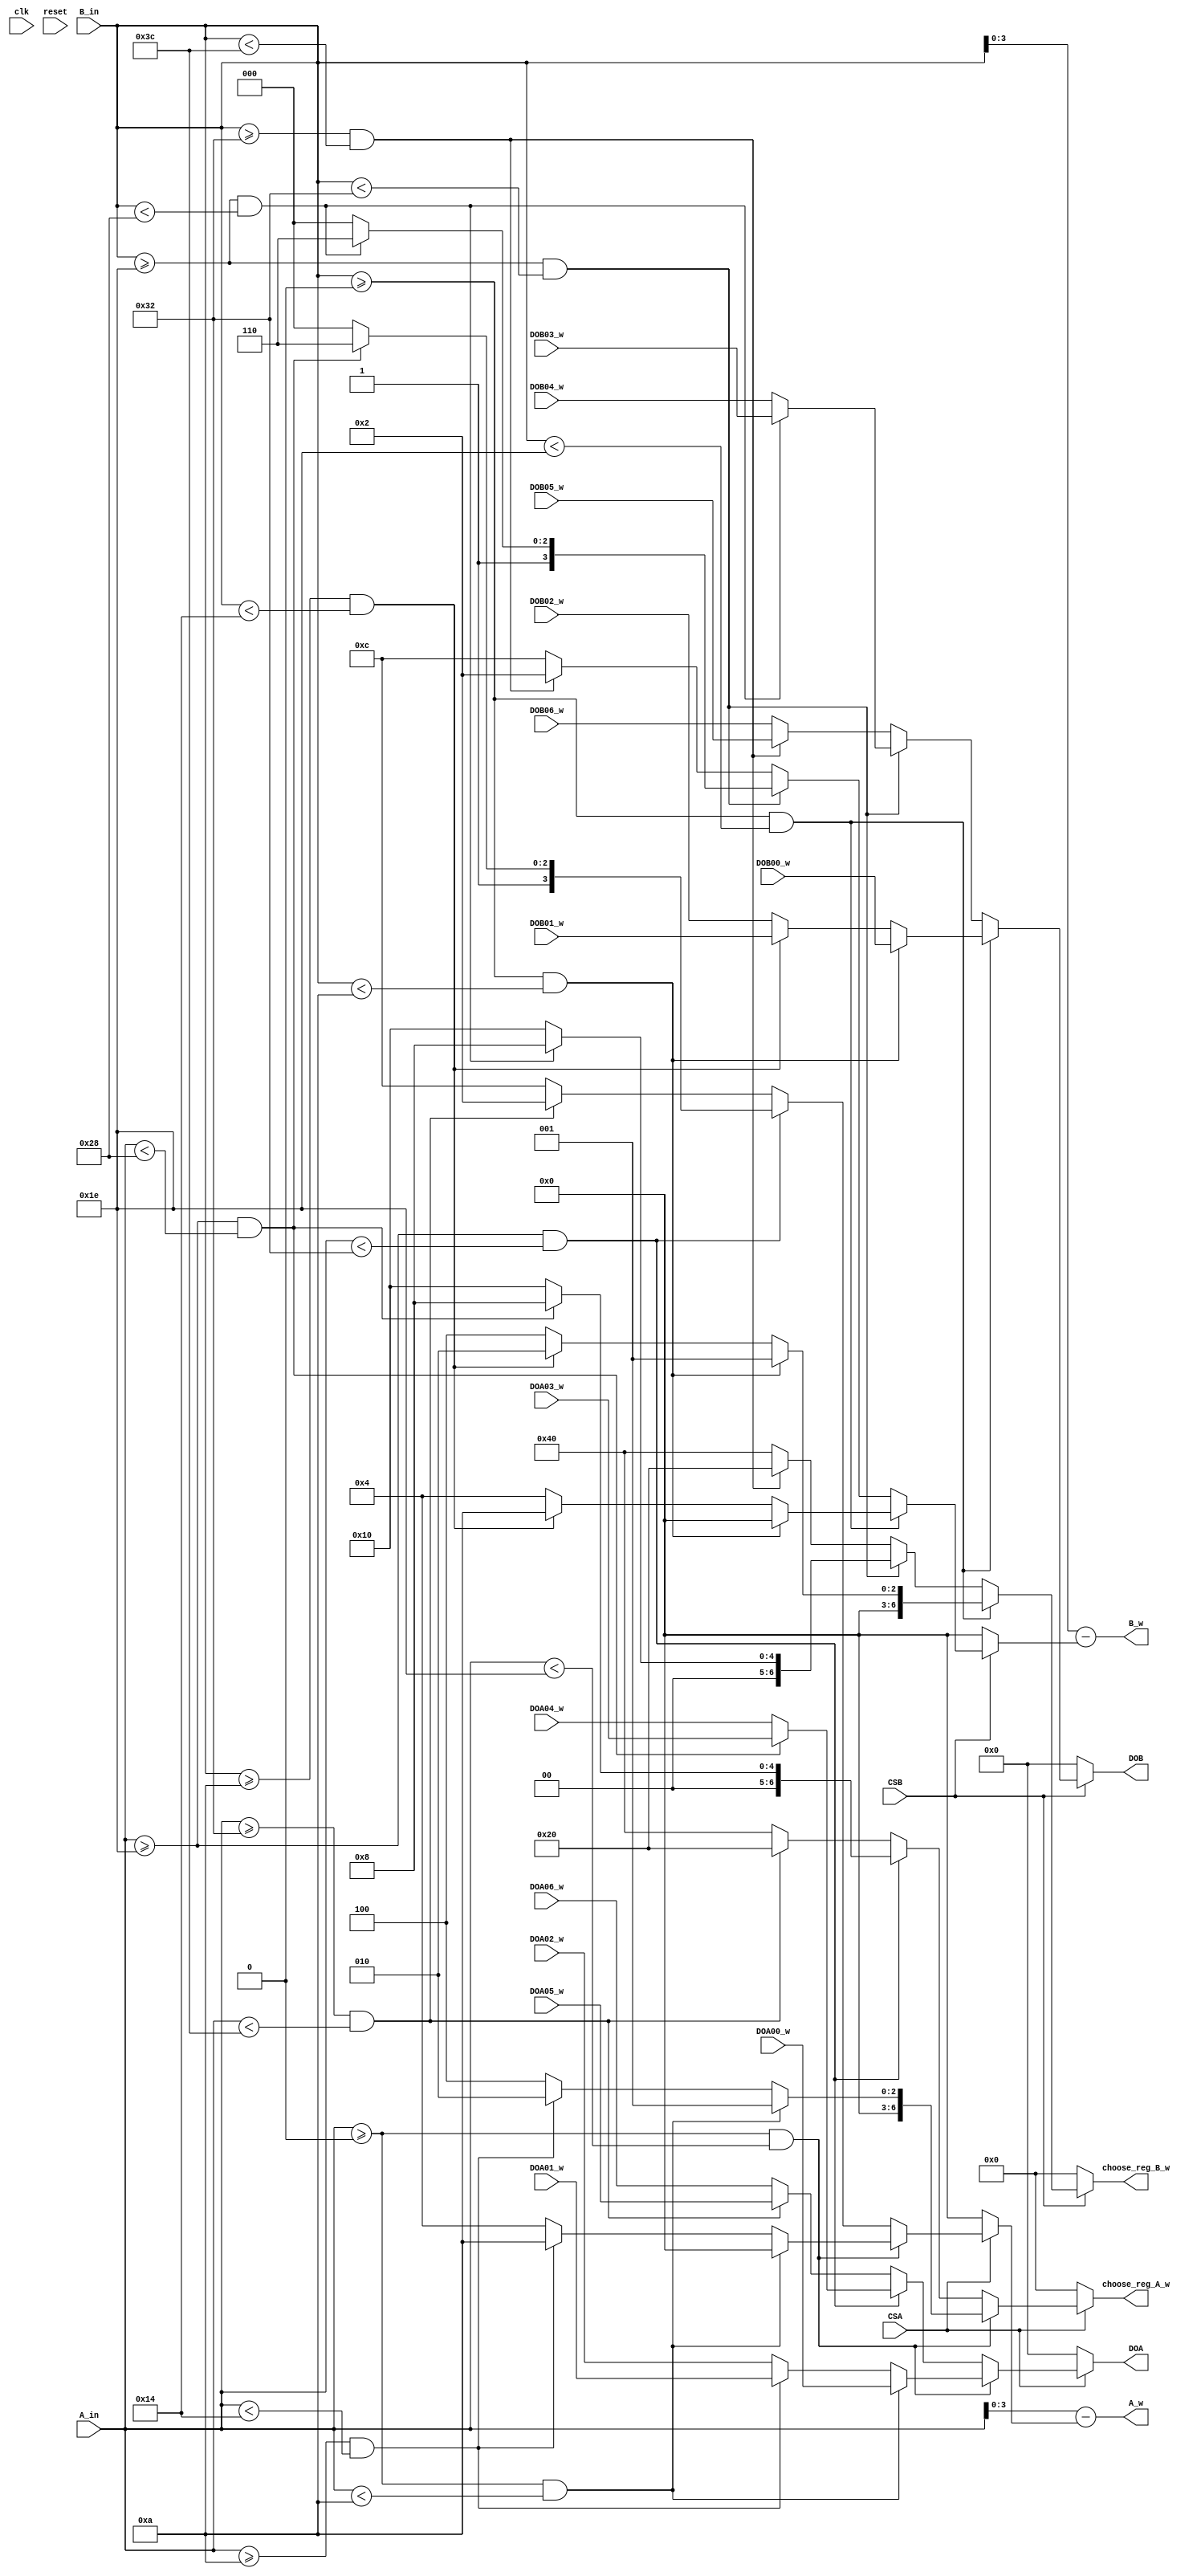
//pin mapping
//qmemoryiDOA00_w ~ DOA06_w M QA_inMw@~OQnAqDOAX (uX16 bits)  B]O@
module distance_memory_controller(clk, reset, A_in, B_in, DOA, DOB, A_w, B_w, CSA, CSB,
                               DOA00_w, DOB00_w, DOA01_w, DOB01_w, DOA02_w, DOB02_w, DOA03_w, DOB03_w, DOA04_w, DOB04_w, DOA05_w, DOB05_w, DOA06_w, DOB06_w, choose_reg_A_w, choose_reg_B_w);
                               
   input             clk, reset;
   input    [5:0]    A_in, B_in;
   
   input             CSA, CSB;
   
   output   [63:0]   DOA, DOB;
   output   [3:0]    A_w, B_w;
   input    [63:0]   DOA00_w, DOB00_w;
   input    [63:0]   DOA01_w, DOB01_w;
   input    [63:0]   DOA02_w, DOB02_w;
   input    [63:0]   DOA03_w, DOB03_w;
   input    [63:0]   DOA04_w, DOB04_w;
   input    [63:0]   DOA05_w, DOB05_w;
   input    [63:0]   DOA06_w, DOB06_w;
   output   [6:0]   choose_reg_A_w, choose_reg_B_w;
   
   
   
   wire     [3:0]    A_w, B_w;
   wire     [5:0]    tempA_w, tempB_w;
   wire     [3:0]    MUX;
   
   
  
   
   
   
   
   reg      [6:0]    choose_reg_A_w;
   reg      [6:0]    choose_reg_B_w;
   
   reg      [5:0]    number_A_w, number_B_w;
   
   
   wire     [63:0]   DOA00_w, DOB00_w;
   wire     [63:0]   DOA01_w, DOB01_w;
   wire     [63:0]   DOA02_w, DOB02_w;
   wire     [63:0]   DOA03_w, DOB03_w;
   wire     [63:0]   DOA04_w, DOB04_w;
   wire     [63:0]   DOA05_w, DOB05_w;
   wire     [63:0]   DOA06_w, DOB06_w;
   reg      [63:0]   DOA_T_w, DOB_T_w;
   
   assign A_w = tempA_w[3:0];
   assign B_w = tempB_w[3:0];
   assign tempA_w = A_in[5:0] - number_A_w;
   assign tempB_w = B_in[5:0] - number_B_w;
   
   

   
   assign DOA = DOA_T_w;
   //assign DOB = (B_in[1] == 1'b0) ? DOB_T_w[63:32] : DOB_T_w[31:0];
   assign DOB = DOB_T_w;   
                
   
                    
   
   
                                                                                                                                                 
   always@(*)                                                                                                                                    
   begin
      if(CSA == 1'b1)                                                                                                                                         
      begin
         if(A_in >= 8'd0 && A_in < 8'd30)                                                                                                       
         begin                                                                                                                                   
            if(A_in >= 8'd0 && A_in < 8'd10)                                                                                                    
            begin                                                                                                                                
               choose_reg_A_w = 7'b0000001; number_A_w = 6'd00; DOA_T_w = DOA00_w;
            end                                                                                                                            
            else if(A_in >= 8'd10 && A_in < 8'd20)
            begin                                                                                                                          
               choose_reg_A_w = 7'b0000010; number_A_w = 6'd10; DOA_T_w = DOA01_w;                                         
            end                                                                                   
            else
            begin
               choose_reg_A_w = 7'b0000100; number_A_w = 6'd20; DOA_T_w = DOA02_w;
            end                                         
         end                                                                                                                               
         else                                                                                                                              
         begin                                                                                                                             
            if(A_in >= 8'd30 && A_in < 8'd50)                                                                                            
            begin                                                                                                                          
               if(A_in >= 8'd30 && A_in < 8'd40)
               begin
                  choose_reg_A_w = 7'b0001000; number_A_w = 6'd30; DOA_T_w = DOA03_w;
               end
               else
               begin
                  choose_reg_A_w = 7'b0010000; number_A_w = 6'd40; DOA_T_w = DOA04_w;
               end
            end                                                                                                                            
            else
            begin                                                                                                                          
               if(A_in >= 8'd50 && A_in < 8'd60)
               begin
                  choose_reg_A_w = 7'b0100000; number_A_w = 6'd50; DOA_T_w = DOA05_w;
               end
               else
               begin
                  choose_reg_A_w = 7'b1000000; number_A_w = 6'd60; DOA_T_w = DOA06_w;
               end
            end                                                                                                                            
         end
      end
      else
      begin
         choose_reg_A_w = 7'd0;
         number_A_w = 6'd0;
         DOA_T_w = 64'd0;
      end                                                                                                                               
      
                                                 
                                      
   end
   
     
  always@(*)                                                                                                                                    
   begin                                                                                                                                         
      if(CSB == 1'b1)
      begin
         if(B_in >= 8'd0 && B_in < 8'd30)                                                                                                       
         begin                                                                                                                                   
            if(B_in >= 8'd0 && B_in < 8'd10)                                                                                                    
            begin                                                                                                                                
               choose_reg_B_w = 7'b0000001; number_B_w = 6'd00; DOB_T_w = DOB00_w;
            end                                                                                                                            
            else if(B_in >= 8'd10 && B_in < 8'd20)
            begin                                                                                                                          
               choose_reg_B_w = 7'b0000010; number_B_w = 6'd10; DOB_T_w = DOB01_w;                                         
            end                                                                                   
            else
            begin
               choose_reg_B_w = 7'b0000100; number_B_w = 6'd20; DOB_T_w = DOB02_w;
            end                                         
         end                                                                                                                               
         else                                                                                                                              
         begin                                                                                                                             
            if(B_in >= 8'd30 && B_in < 8'd50)                                                                                            
            begin                                                                                                                          
               if(B_in >= 8'd30 && B_in < 8'd40)
               begin
                  choose_reg_B_w = 7'b0001000; number_B_w = 6'd30; DOB_T_w = DOB03_w;
               end
               else
               begin
                  choose_reg_B_w = 7'b0010000; number_B_w = 6'd40; DOB_T_w = DOB04_w;
               end
            end                                                                                                                            
            else
            begin                                                                                                                          
               if(B_in >= 8'd50 && B_in < 8'd60)
               begin
                  choose_reg_B_w = 7'b0100000; number_B_w = 6'd50; DOB_T_w = DOB05_w;
               end
               else
               begin
                  choose_reg_B_w = 7'b1000000; number_B_w = 6'd60; DOB_T_w = DOB06_w;
               end
            end                                                                                                                            
         end                                                                                                                               
      end
      else
      begin
         choose_reg_B_w = 7'd0;
         number_B_w = 6'd0;
         DOB_T_w = 64'd0;
      end

   end



endmodule